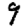
Digit: 9